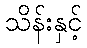
သိန်းနှင့်